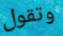
وتقول